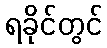
ရခိုင်တွင်